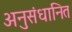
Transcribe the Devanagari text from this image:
अनुसंधानित